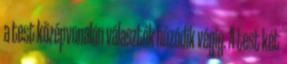
a test középvonalán választék húzódik végig. A test két